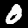
Digit: 0